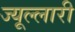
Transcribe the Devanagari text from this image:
ज्यूल्लारी